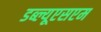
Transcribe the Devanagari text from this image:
डब्ल्यूएसएम